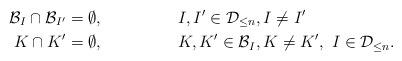
LaTeX: \begin{align*} \mathcal{B}_I\cap \mathcal{B}_{I'} &= \emptyset, &&I,I'\in\mathcal{D}_{\leq n}, I\neq I' \\ K\cap K' &= \emptyset, &&K, K'\in\mathcal{B}_I, K\neq K',\ I\in\mathcal{D}_{\leq n}. \end{align*}